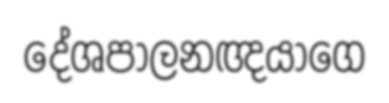
දේශපාලනඥයාගෙ